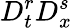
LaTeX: D_{t}^{r}D_{x}^{s}